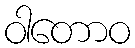
ဝါတောဝ